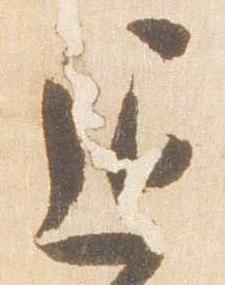
退